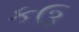
કઉ